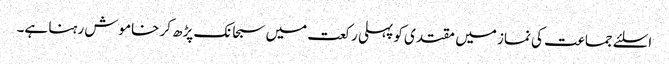
اسلئے جماعت کی نماز میں مقتدی کو پہلی رکعت میں سبحانک پڑھ کر خاموش رہنا ہے۔